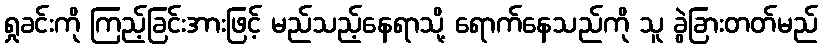
ရှုခင်းကို ကြည့်ခြင်းအားဖြင့် မည်သည့်နေရာသို့ ရောက်နေသည်ကို သူ ခွဲခြားတတ်မည်